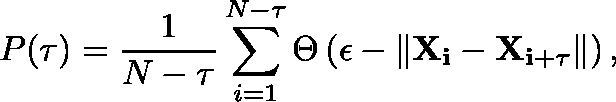
P ( \tau ) = \frac { 1 } { N - \tau } \sum _ { i = 1 } ^ { N - \tau } \Theta \left( \epsilon - \left\| \mathbf { X _ { i } } - \mathbf { X _ { i + \tau } } \right\| \right) ,